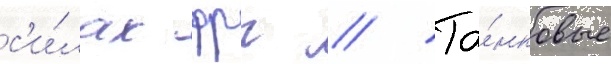
с'и́лах фрг // Та́нковые